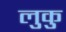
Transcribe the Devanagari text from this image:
लुकु